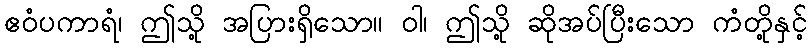
ဧဝံပကာရံ၊ ဤသို့ အပြားရှိသော။ ဝါ၊ ဤသို့ ဆိုအပ်ပြီးသော ကံတို့နှင့်